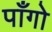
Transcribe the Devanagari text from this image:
पाँगो